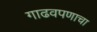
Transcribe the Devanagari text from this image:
गाढवपणाचा